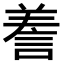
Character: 𧨁